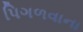
પિગળવાના